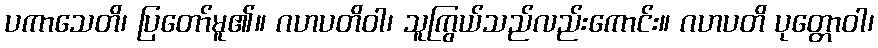
ပကာသေတိ၊ ပြတော်မူ၏။ ဂဟပတိဝါ၊ သူကြွယ်သည်လည်းကောင်း။ ဂဟပတိ ပုတ္တောဝါ၊